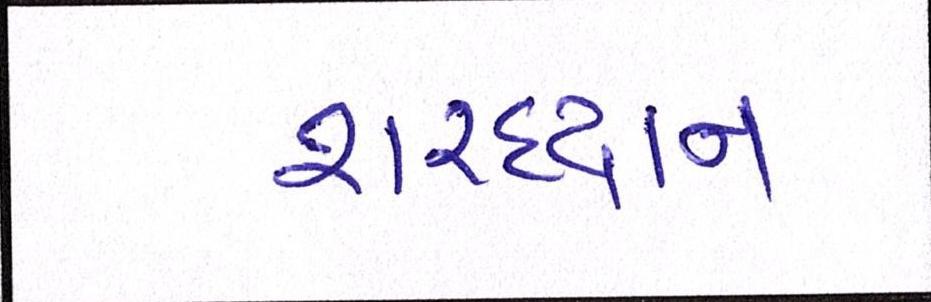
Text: શરદ્વાન